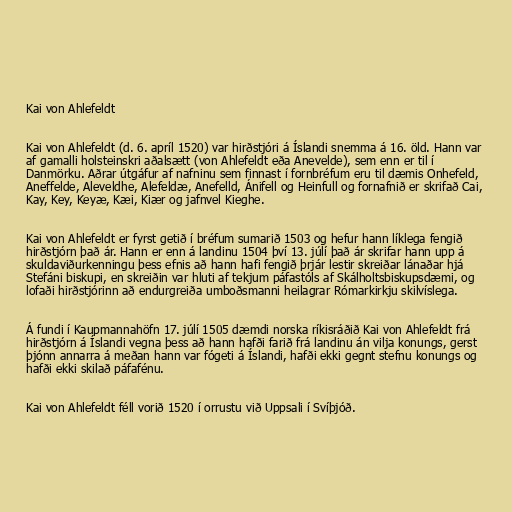
Kai von Ahlefeldt

Kai von Ahlefeldt (d. 6. apríl 1520) var hirðstjóri á Íslandi snemma á 16. öld. Hann var
af gamalli holsteinskri aðalsætt (von Ahlefeldt eða Anevelde), sem enn er til í
Danmörku. Aðrar útgáfur af nafninu sem finnast í fornbréfum eru til dæmis Onhefeld,
Aneffelde, Aleveldhe, Alefeldæ, Anefelld, Ánifell og Heinfull og fornafnið er skrifað Cai,
Kay, Key, Keyæ, Kæi, Kiær og jafnvel Kieghe.

Kai von Ahlefeldt er fyrst getið í bréfum sumarið 1503 og hefur hann líklega fengið
hirðstjórn það ár. Hann er enn á landinu 1504 því 13. júlí það ár skrifar hann upp á
skuldaviðurkenningu þess efnis að hann hafi fengið þrjár lestir skreiðar lánaðar hjá
Stefáni biskupi, en skreiðin var hluti af tekjum páfastóls af Skálholtsbiskupsdæmi, og
lofaði hirðstjórinn að endurgreiða umboðsmanni heilagrar Rómarkirkju skilvíslega.

Á fundi í Kaupmannahöfn 17. júlí 1505 dæmdi norska ríkisráðið Kai von Ahlefeldt frá
hirðstjórn á Íslandi vegna þess að hann hafði farið frá landinu án vilja konungs, gerst
þjónn annarra á meðan hann var fógeti á Íslandi, hafði ekki gegnt stefnu konungs og
hafði ekki skilað páfafénu.

Kai von Ahlefeldt féll vorið 1520 í orrustu við Uppsali í Svíþjóð.